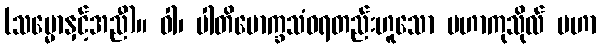
(သမ္မောနှင့်အညီ)။ ဝါ၊ ပါတိမောက္ခသံဝရတည်းဟူသော မဟာကုသိုလ် မဟာ